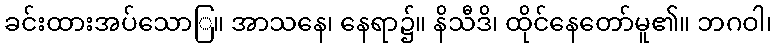
ခင်းထားအပ်သောြ။ အာသနေ၊ နေရာ၌။ နိသီဒိ၊ ထိုင်နေတော်မူ၏။ ဘဂဝါ၊